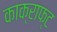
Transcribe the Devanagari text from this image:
काक्राफ्ट